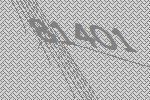
81401